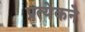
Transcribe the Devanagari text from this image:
प्रत्येकने